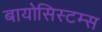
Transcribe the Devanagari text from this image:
बायोसिस्टम्स